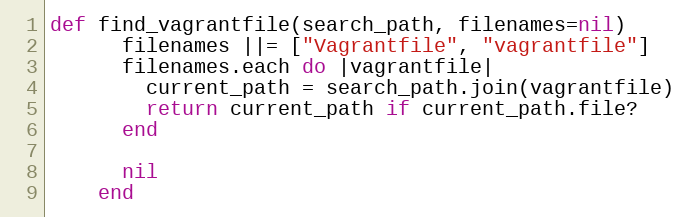
Language: Ruby
def find_vagrantfile(search_path, filenames=nil)
      filenames ||= ["Vagrantfile", "vagrantfile"]
      filenames.each do |vagrantfile|
        current_path = search_path.join(vagrantfile)
        return current_path if current_path.file?
      end

      nil
    end